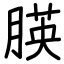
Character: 朠